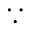
\because